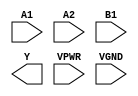
module sky130_fd_sc_hs__a21oi (
    //# {{data|Data Signals}}
    input  A1  ,
    input  A2  ,
    input  B1  ,
    output Y   ,

    //# {{power|Power}}
    input  VPWR,
    input  VGND
);
endmodule